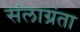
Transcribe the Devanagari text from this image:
संलाग्रंता